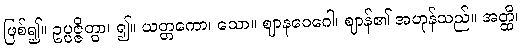
ဖြစ်၍။ ဥပ္ပဇ္ဇိတွာ၊ ၍။ ယတ္တကော၊ သော။ ဈာနဝေဂေါ၊ ဈာန်၏ အဟုန်သည်။ အတ္ထိ၊